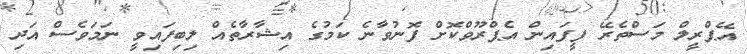
އޭޕްރީލް މަސްތެރޭ ފީފައިން އެޕްރޫވްކޮށް ފޮނުވާނެ ކަމުގެ އިޝާރާތެއް ލިބިފައިވީ ނަމަވެސް އަދި